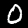
Digit: 0